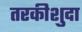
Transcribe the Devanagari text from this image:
तरकीशुदा